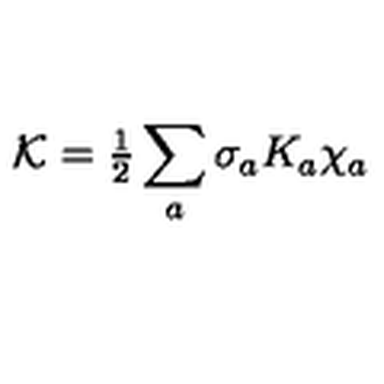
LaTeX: { \cal K } = { \textstyle { \frac { 1 } { 2 } } } \sum _ { a } \sigma _ { a } K _ { a } \chi _ { a } \nonumber